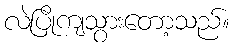
လဲပြိုကျသွားတော့သည်။